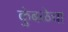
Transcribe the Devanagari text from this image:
कुंबळेचा